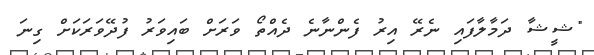
"ޝީޝާ ދަމާލާފައި ނެރޭ އިރު ފެންނާނެ ދެއްތޯ ވަރަށް ބައިވަރު ފުދޭވަރަކަށް ގިނަ